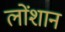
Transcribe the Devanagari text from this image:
लोंशान